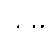
ယမ္ပိ